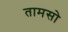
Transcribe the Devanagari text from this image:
तामसो